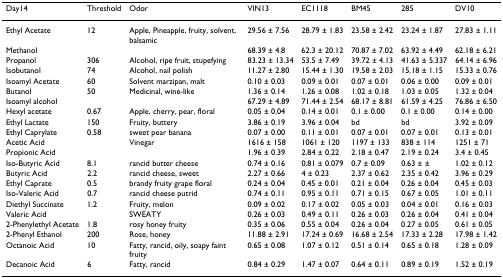
<table><thead><tr><td><b>Day14</b></td><td><b>Threshold</b></td><td><b>Odor</b></td><td><b>VIN13</b></td><td><b>EC1118</b></td><td><b>BM45</b></td><td><b>285</b></td><td><b>DV10</b></td></tr></thead><tbody><tr><td>Ethyl Acetate</td><td>12</td><td>Apple, Pineapple, fruity, solvent, balsamic</td><td>29.56 ± 7.56</td><td>28.79 ± 1.83</td><td>23.58 ± 2.42</td><td>23.24 ± 1.87</td><td>27.83 ± 1.11</td></tr><tr><td>Methanol</td><td></td><td></td><td>68.39 ± 4.8</td><td>62.3 ± 20.12</td><td>70.87 ± 7.02</td><td>63.92 ± 4.49</td><td>62.18 ± 6.21</td></tr><tr><td>Propanol</td><td>306</td><td>Alcohol, ripe fruit, stupefying</td><td>83.23 ± 13.34</td><td>53.5 ± 7.49</td><td>39.72 ± 4.13</td><td>41.63 ± 5.337</td><td>64.14 ± 6.96</td></tr><tr><td>Isobutanol</td><td>74</td><td>Alcohol, nail polish</td><td>11.27 ± 2.80</td><td>15.44 ± 1.30</td><td>19.58 ± 2.03</td><td>15.18 ± 1.15</td><td>15.33 ± 0.76</td></tr><tr><td>Isoamyl Acetate</td><td>60</td><td>Solvent marzipan, malt</td><td>0.10 ± 0.03</td><td>0.09 ± 0.01</td><td>0.07 ± 0.01</td><td>0.06 ± 0.00</td><td>0.09 ± 0.01</td></tr><tr><td>Butanol</td><td>50</td><td>Medicinal, wine-like</td><td>1.36 ± 0.14</td><td>1.26 ± 0.08</td><td>1.02 ± 0.18</td><td>1.03 ± 0.05</td><td>1.32 ± 0.04</td></tr><tr><td>Isoamyl alcohol</td><td></td><td></td><td>67.29 ± 4.89</td><td>71.44 ± 2.54</td><td>68.17 ± 8.81</td><td>61.59 ± 4.25</td><td>76.86 ± 6.50</td></tr><tr><td>Hexyl acetate</td><td>0.67</td><td>Apple, cherry, pear, floral</td><td>0.05 ± 0.04</td><td>0.14 ± 0.01</td><td>0.1 ± 0.00</td><td>0.1 ± 0.00</td><td>0.14 ± 0.00</td></tr><tr><td>Ethyl Lactate</td><td>150</td><td>Fruity, buttery</td><td>3.86 ± 0.19</td><td>3.96 ± 0.04</td><td>bd</td><td>bd</td><td>3.92 ± 0.09</td></tr><tr><td>Ethyl Caprylate</td><td>0.58</td><td>sweet pear banana</td><td>0.07 ± 0.00</td><td>0.11 ± 0.01</td><td>0.07 ± 0.01</td><td>0.07 ± 0.01</td><td>0.13 ± 0.01</td></tr><tr><td>Acetic Acid</td><td></td><td>Vinegar</td><td>1616 ± 158</td><td>1061 ± 120</td><td>1197 ± 133</td><td>838 ± 114</td><td>1251 ± 71</td></tr><tr><td>Propionic Acid</td><td></td><td></td><td>1.96 ± 0.39</td><td>2.84 ± 0.22</td><td>2.18 ± 0.47</td><td>2.19 ± 0.24</td><td>3.4 ± 0.45</td></tr><tr><td>Iso-Butyric Acid</td><td>8.1</td><td>rancid butter cheese</td><td>0.74 ± 0.16</td><td>0.81 ± 0.079</td><td>0.7 ± 0.09</td><td>0.63 ± ±</td><td>1.02 ± 0.12</td></tr><tr><td>Butyric Acid</td><td>2.2</td><td>rancid cheese, sweet</td><td>2.27 ± 0.66</td><td>4 ± 0.23</td><td>2.37 ± 0.62</td><td>2.35 ± 0.42</td><td>3.96 ± 0.29</td></tr><tr><td>Ethyl Caprate</td><td>0.5</td><td>brandy fruity grape floral</td><td>0.24 ± 0.04</td><td>0.45 ± 0.01</td><td>0.21 ± 0.04</td><td>0.26 ± 0.04</td><td>0.45 ± 0.03</td></tr><tr><td>Iso-Valeric Acid</td><td>0.7</td><td>rancid cheese putrid</td><td>0.74 ± 0.11</td><td>0.95 ± 0.11</td><td>0.71 ± 0.15</td><td>0.67 ± 0.05</td><td>1.01 ± 0.11</td></tr><tr><td>Diethyl Succinate</td><td>1.2</td><td>Fruity, melon</td><td>0.09 ± 0.02</td><td>0.17 ± 0.02</td><td>0.05 ± 0.03</td><td>0.04 ± 0.01</td><td>0.16 ± 0.03</td></tr><tr><td>Valeric Acid</td><td></td><td>SWEATY</td><td>0.26 ± 0.03</td><td>0.49 ± 0.11</td><td>0.26 ± 0.03</td><td>0.26 ± 0.04</td><td>0.41 ± 0.04</td></tr><tr><td>2-Phenylethyl Acetate</td><td>1.8</td><td>rosy honey fruity</td><td>0.35 ± 0.06</td><td>0.55 ± 0.04</td><td>0.26 ± 0.04</td><td>0.27 ± 0.05</td><td>0.61 ± 0.05</td></tr><tr><td>2-Phenyl Ethanol</td><td>200</td><td>Rose, honey</td><td>11.88 ± 2.91</td><td>17.24 ± 0.69</td><td>16.68 ± 2.54</td><td>17.33 ± 2.28</td><td>17.98 ± 1.42</td></tr><tr><td>Octanoic Acid</td><td>10</td><td>Fatty, rancid, oily, soapy faint fruity</td><td>0.65 ± 0.08</td><td>1.07 ± 0.12</td><td>0.51 ± 0.14</td><td>0.65 ± 0.18</td><td>1.28 ± 0.09</td></tr><tr><td>Decanoic Acid</td><td>6</td><td>Fatty, rancid</td><td>0.84 ± 0.29</td><td>1.47 ± 0.07</td><td>0.64 ± 0.11</td><td>0.89 ± 0.19</td><td>1.52 ± 0.19</td></tr></tbody></table>